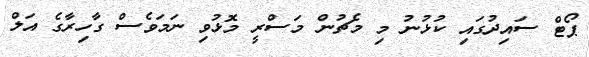
ޕޯޓް ސައިދުގައި ކުޅުނު މި މެޗުން މަސްރީ މޮޅުވި ނަމަވެސް ގާހިރާގެ އަލް